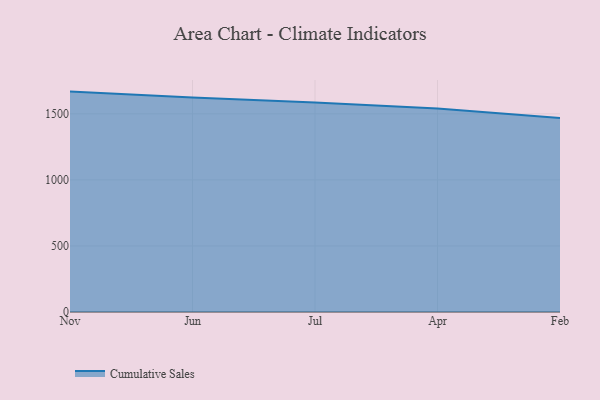
{"axis": {"x": "Month", "y": "Market Share (%)"}, "legend": ["Cumulative Sales"], "data": [{"x": "Nov", "y": 1668.2, "type": "Cumulative Sales"}, {"x": "Jun", "y": 1623.8, "type": "Cumulative Sales"}, {"x": "Jul", "y": 1585.5, "type": "Cumulative Sales"}, {"x": "Apr", "y": 1541.1, "type": "Cumulative Sales"}, {"x": "Feb", "y": 1469.2, "type": "Cumulative Sales"}]}